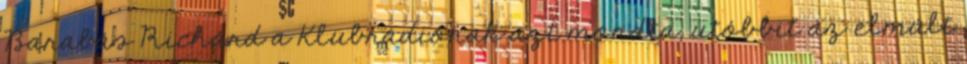
Barabás Richárd a Klubrádiónak azt mondta, utóbbit az elmúlt